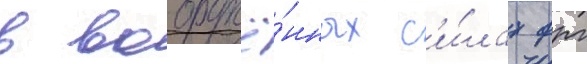
в вооружё́нных с'и́лах фрг